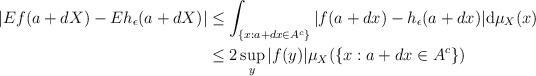
LaTeX: \begin{align*}\begin{aligned} |Ef(a+dX)-Eh_\epsilon (a+dX)| &\leq\int_{\{x:a+dx\in A^c\}}|f(a+dx)-h_\epsilon(a+dx)|\mathrm{d}\mu_X(x) \\&\leq 2\sup_y |f(y)| \mu_X(\{x:a+dx\in A^c\})\end{aligned}\end{align*}